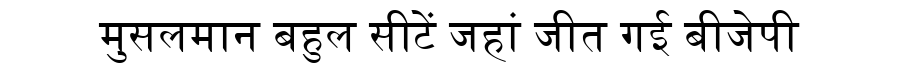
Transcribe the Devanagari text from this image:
मुसलमान बहुल सीटें जहां जीत गई बीजेपी